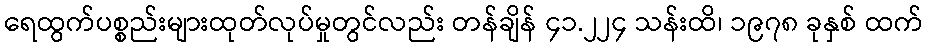
ရေထွက်ပစ္စည်းများထုတ်လုပ်မှုတွင်လည်း တန်ချိန် ၄၁.၂၂၄ သန်းထိ၊ ၁၉၇၈ ခုနှစ် ထက်